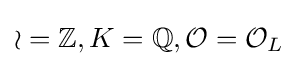
{\mathcal {o}}=\mathbb {Z} ,K=\mathbb {Q} ,{\mathcal {O}}={\mathcal {O}}_{L}